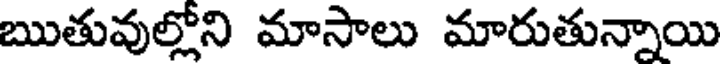
ఋతువుల్లోని మాసాలు మారుతున్నాయి